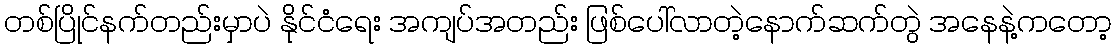
တစ်ပြိုင်နက်တည်းမှာပဲ နိုင်ငံရေး အကျပ်အတည်း ဖြစ်ပေါ်လာတဲ့နောက်ဆက်တွဲ အနေနဲ့ကတော့